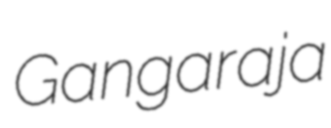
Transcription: Gangaraja